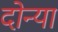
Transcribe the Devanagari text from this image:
दोन्या